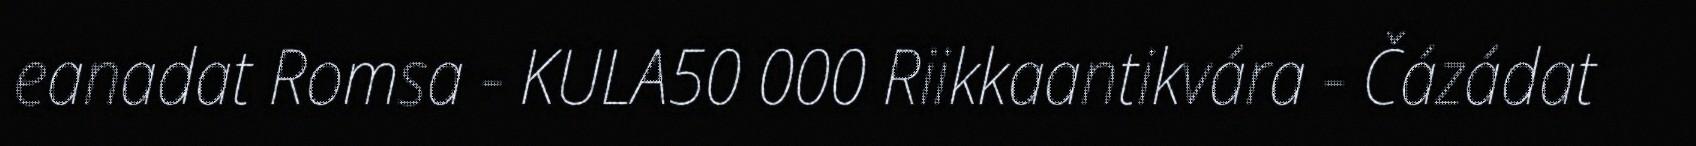
eanadat Romsa - KULA50 000 Riikkaantikvára - Čázádat